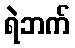
ရဲဘက်